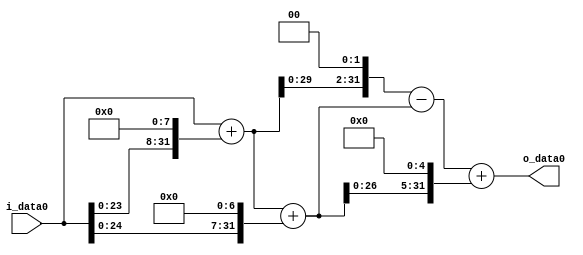
module multiplier_block (
    i_data0,
    o_data0
);

  // Port mode declarations:
  input   [31:0] i_data0;
  output  [31:0]
    o_data0;

  //Multipliers:

  wire [31:0]
    w1,
    w256,
    w257,
    w128,
    w385,
    w1028,
    w643,
    w12320,
    w12963;

  assign w1 = i_data0;
  assign w1028 = w257 << 2;
  assign w12320 = w385 << 5;
  assign w128 = w1 << 7;
  assign w12963 = w643 + w12320;
  assign w256 = w1 << 8;
  assign w257 = w1 + w256;
  assign w385 = w257 + w128;
  assign w643 = w1028 - w385;

  assign o_data0 = w12963;

  //multiplier_block area estimate = 7304.77445403088;
endmodule